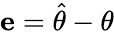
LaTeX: \mathbf{e}={\hat{\mathbf{\theta}}}-\mathbf{\theta}